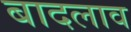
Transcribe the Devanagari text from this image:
बादलाव